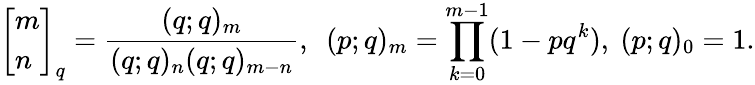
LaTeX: \left[\begin{array}{l}{{m}}\\ {{n}}\end{array}\right]_{q}=\frac{(q;q)_{m}}{(q;q)_{n}(q;q)_{m-n}},~~(p;q)_{m}=\prod_{k=0}^{m-1}(1-pq^{k}),~(p;q)_{0}=1.